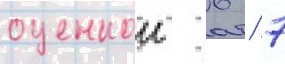
оценкои 6 / 7